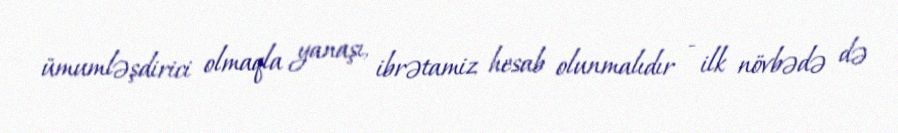
ümumləşdirici olmaqla yanaşı, ibrətamiz hesab olunmalıdır - ilk növbədə də